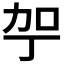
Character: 𪟗